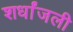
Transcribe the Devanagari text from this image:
शर्धांजली